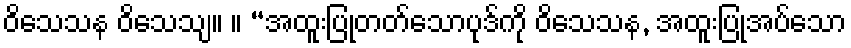
ဝိသေသန ဝိသေသျ။ ။ “အထူးပြုတတ်သောပုဒ်ကို ဝိသေသန, အထူးပြုအပ်သော